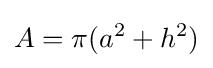
A=\pi (a^{2}+h^{2})